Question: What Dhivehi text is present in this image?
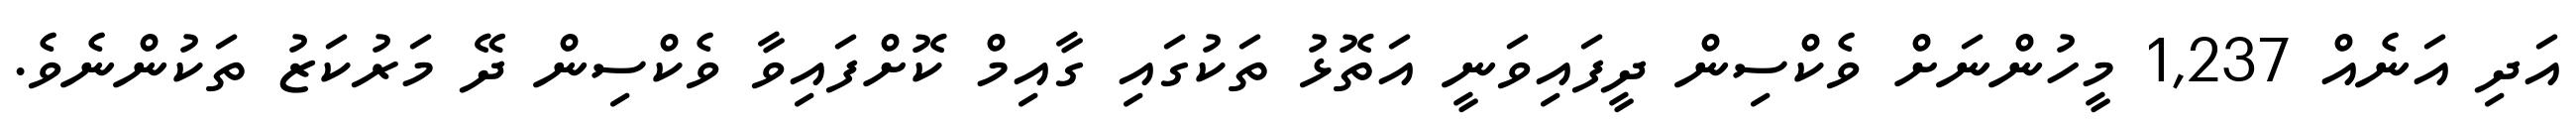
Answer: އަދި އަނެއް 1,237 މީހުންނަށް ވެކްސިން ދީފައިވަނީ އަތޮޅު ތަކުގައި ގާއިމް ކޮށްފައިވާ ވެކްސިން ދޭ މަރުކަޒު ތަކުންނެވެ.